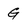
Character: G